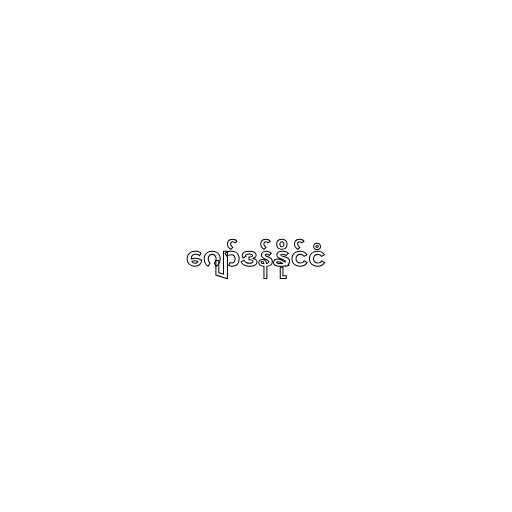
ဂျော်ဒန်နိုင်ငံ